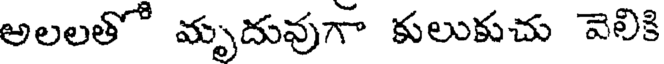
అలలతో మృదువుగా కులుకుచు వెలికి